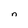
Character: n